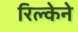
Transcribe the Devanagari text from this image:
रिल्केने